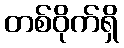
တစ်ဝိုက်ရှိ